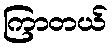
ကြာတယ်